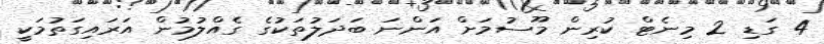
4 ގަޑި 2 މިނެޓް ކުރިން މޫސުމަށް އަންނަ ބަދަލުތަކުގެ ގެއްލުމުން އަރައިގަތުމަކީ